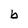
Character: b